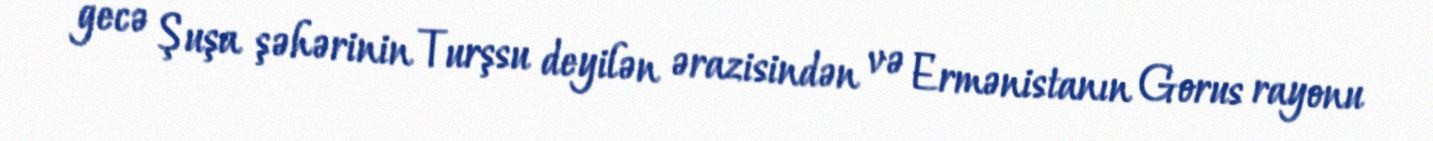
gecə Şuşa şəhərinin Turşsu deyilən ərazisindən və Ermənistanın Gorus rayonu